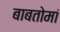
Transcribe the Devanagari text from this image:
बाबतोमां